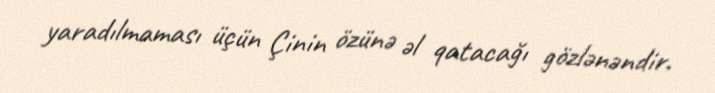
yaradılmaması üçün Çinin özünə əl qatacağı gözlənəndir.